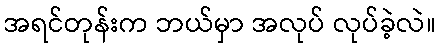
အရင်တုန်းက ဘယ်မှာ အလုပ် လုပ်ခဲ့လဲ။